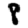
Digit: 8